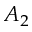
A _ { 2 }